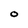
Character: O